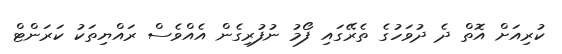
ކުރިއަށް އޮތް ދެ ދުވަހުގެ ތެރޭގައި ފޯމު ނުފުރިގެން އެއްވެސް ރައްޔިތަކު ކަރަންޓް